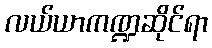
လယ်ယာကဏ္ဍဆိုင်ရာ